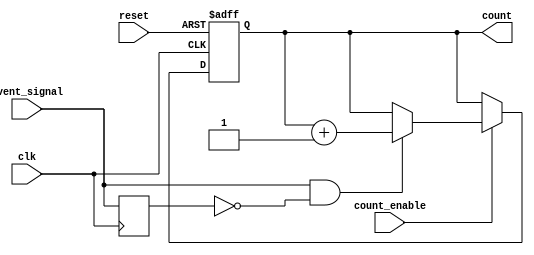
module event_triggered_counter #(
    parameter BIT_WIDTH = 8,         // Bit width for the counter
    parameter COUNT_MODE = 0         // 0: Rising edge, 1: Falling edge, 2: Level sensitive
)(
    input wire clk,                  // Clock signal
    input wire reset,                // Asynchronous reset signal
    input wire count_enable,         // Count enable signal
    input wire event_signal,         // Event signal to trigger counting
    output reg [BIT_WIDTH-1:0] count // Current count output
);

    reg event_signal_d;              // Delayed version of event_signal for edge detection

    // Asynchronous reset and counting logic
    always @(posedge clk or posedge reset) begin
        if (reset) begin
            count <= 0;               // Reset the counter to zero
        end else if (count_enable) begin
            // Edge detection based on COUNT_MODE
            case (COUNT_MODE)
                0: begin // Rising edge counting
                    if (event_signal && !event_signal_d) begin
                        count <= count + 1; // Increment count on rising edge
                    end
                end
                1: begin // Falling edge counting
                    if (!event_signal && event_signal_d) begin
                        count <= count + 1; // Increment count on falling edge
                    end
                end
                2: begin // Level sensitive counting
                    if (event_signal) begin
                        count <= count + 1; // Increment count on level high
                    end
                end
            endcase
        end
    end

    // Store the previous state of event_signal for edge detection
    always @(posedge clk) begin
        event_signal_d <= event_signal; // Update delayed signal
    end

endmodule